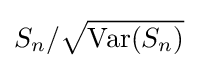
S_{n}/{\sqrt {\mathrm {Var} (S_{n})}}